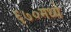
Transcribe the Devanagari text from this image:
६७०मध्ये